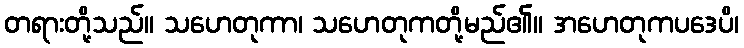
တရားတို့သည်။ သဟေတုကာ၊ သဟေတုကတို့မည်၏။ အဟေတုကပဒေပိ၊